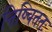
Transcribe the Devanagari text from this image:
निष्चिततः